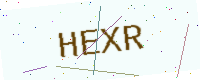
Text: HEXR